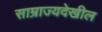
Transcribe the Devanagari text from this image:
साम्राज्यदेखील